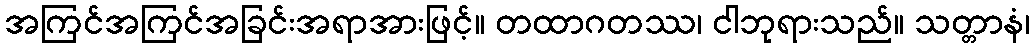
အကြင်အကြင်အခြင်းအရာအားဖြင့်။ တထာဂတဿ၊ ငါဘုရားသည်။ သတ္တာနံ၊